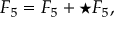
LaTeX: F _ { 5 } = { \cal F } _ { 5 } + \star { \cal F } _ { 5 } ,